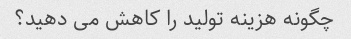
چگونه هزینه تولید را کاهش می دهید؟